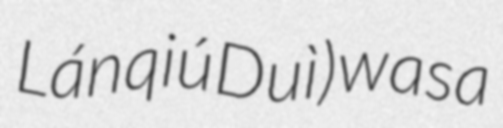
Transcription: Lánqiú Duì) was a